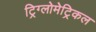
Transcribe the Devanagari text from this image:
ट्रिग्लोमेट्रिकल